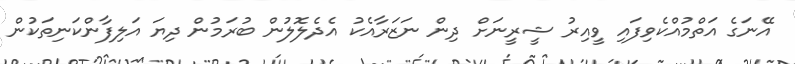
އޭނަގެ އަތްމުއްކެވިފައި ވީއިރު ޝީރީނަށް ދިން ނަޒަރާއެކު އެދެލޮލުން ބުރަމުން ދިޔަ އަލިފާންކަނިތަކުން